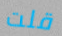
قلت